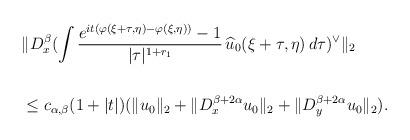
LaTeX: \begin{align*} \begin{aligned} & \| D_x^{\beta}(\int \frac{e^{it(\varphi(\xi + \tau,\eta)- \varphi(\xi,\eta))}-1} {|\tau|^{1+r_1}}\,\widehat u_0(\xi+\tau, \eta)\, d\tau)^{\lor} \|_2\\\\ &\leq c_{\alpha,\beta}(1+|t|) (\|u_0\|_2+\|D_x^{\beta+2\alpha}u_0\|_2 + \|D_y^{\beta+2\alpha}u_0\|_2). \end{aligned} \end{align*}